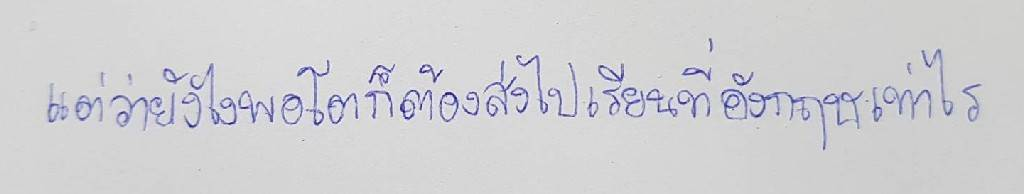
แต่ว่ายังไงพอโตก็ต้องส่งไปเรียนที่อังกฤษเท่าไร